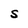
Character: S